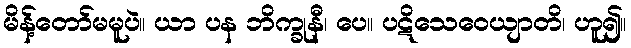
မိန့်တော်မမူပဲ။ ယာ ပန ဘိက္ခုနီ၊ ပေ။ ပဋိသေဝေယျာတိ၊ ဟူ၍။